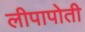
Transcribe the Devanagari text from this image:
लीपापोती